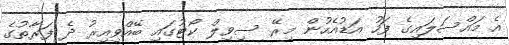
އެ މައްސަލައިގެ ފަހު އަޑުއެހުން މިރޭ ސިވިލް ކޯޓުގައި ބޭއްވިއިރު ދެ ފަރާތުގެ